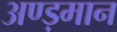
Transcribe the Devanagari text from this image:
अण्ड़मान